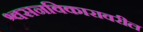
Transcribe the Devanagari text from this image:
श्वसनविकारावरील